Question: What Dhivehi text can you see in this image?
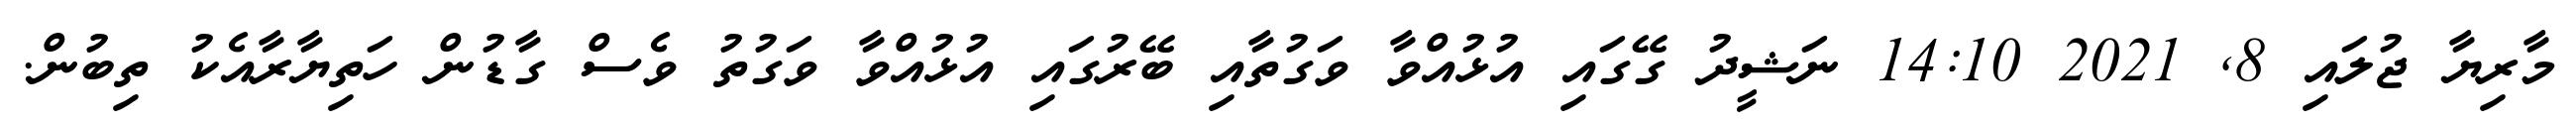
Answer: މާރިޔާ ޖުލައި 8, 2021 14:10 ނަޝީދު ގޭގައި އުޅުއްވާ ވަގުތާއި ބޭރުގައި އުޅުއްވާ ވަގުތު ވެސް ގާޑުން ހަތިޔާރާއެކު ތިބުން.